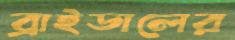
ব্রাইডালের